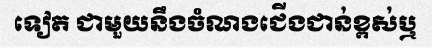
ទៀត ជាមួយនឹងចំណងជើងជាន់ខ្ពស់ឬ